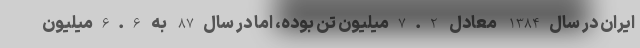
ایران در سال1384 معادل 7.2میلیون تن بوده، اما در سال87 به 6.6میلیون